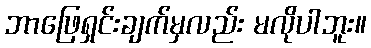
ဘာဖြေရှင်းချက်မှလည်း မလိုပါဘူး။